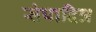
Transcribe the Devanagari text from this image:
संपादित्र